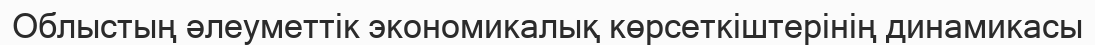
Облыстың әлеуметтік экономикалық көрсеткіштерінің динамикасы